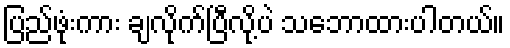
ပြည်ဖုံးကား ချလိုက်ပြီလို့ပဲ သဘောထားပါတယ်။